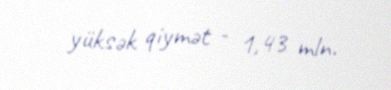
yüksək qiymət - 1,43 mln.